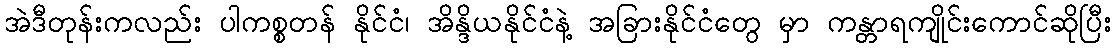
အဲဒီတုန်းကလည်း ပါကစ္စတန် နိုင်ငံ၊ အိန္ဒိယနိုင်ငံနဲ့ အခြားနိုင်ငံတွေ မှာ ကန္တာရကျိုင်းကောင်ဆိုပြီး